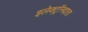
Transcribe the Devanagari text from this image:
इलेक्ट्रॉनदाता